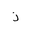
Letter: _thal